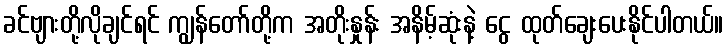
ခင်ဗျားတို့လိုချင်ရင် ကျွန်တော်တို့က အတိုးနှုန်း အနိမ့်ဆုံးနဲ့ ငွေ ထုတ်ချေးပေးနိုင်ပါတယ်။